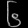
Digit: ၆